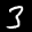
Label: 3